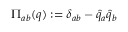
\Pi _ { a b } ( q ) : = \delta _ { a b } - \widehat { q } _ { a } \widehat { q } _ { b }